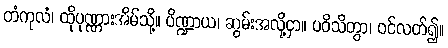
တံကုလံ၊ ထိုပုဏ္ဏားအိမ်သို့။ ပိဏ္ဍာယ၊ ဆွမ်းအလို့ငှာ။ ပဝိသိတွာ၊ ဝင်လတ်၍။